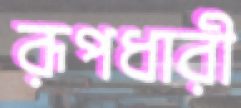
রূপধারী